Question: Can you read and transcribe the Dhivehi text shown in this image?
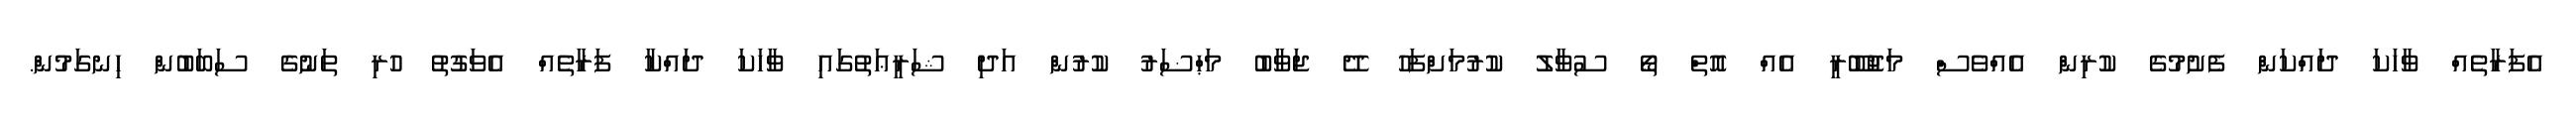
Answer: އެފަރާތެއް ވާހަކަ ދައްކަން ފެށުމުގެ ކުރިން އެއްވެސް މަޖުބޫރީ އެއް އޮތް ތޯ ސުވާލު ކުރުމަށްފަހު ދޭ ޖަވާބު މަޙްޟަރު ކުރުން އަދި ޝަރީޢަތުގައި ވާހަކަ ދައްކާ ފަރާތެއް އެވަގުތު ހުރި ތަނުގެ ސަބަބުން ހިނގަމުން.